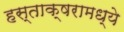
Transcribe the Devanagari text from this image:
हस्ताक्षरामध्ये